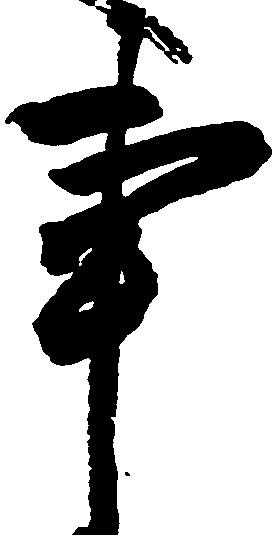
事